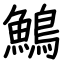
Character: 鷠